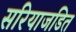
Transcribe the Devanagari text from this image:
सरियाजडित